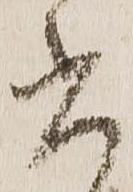
書